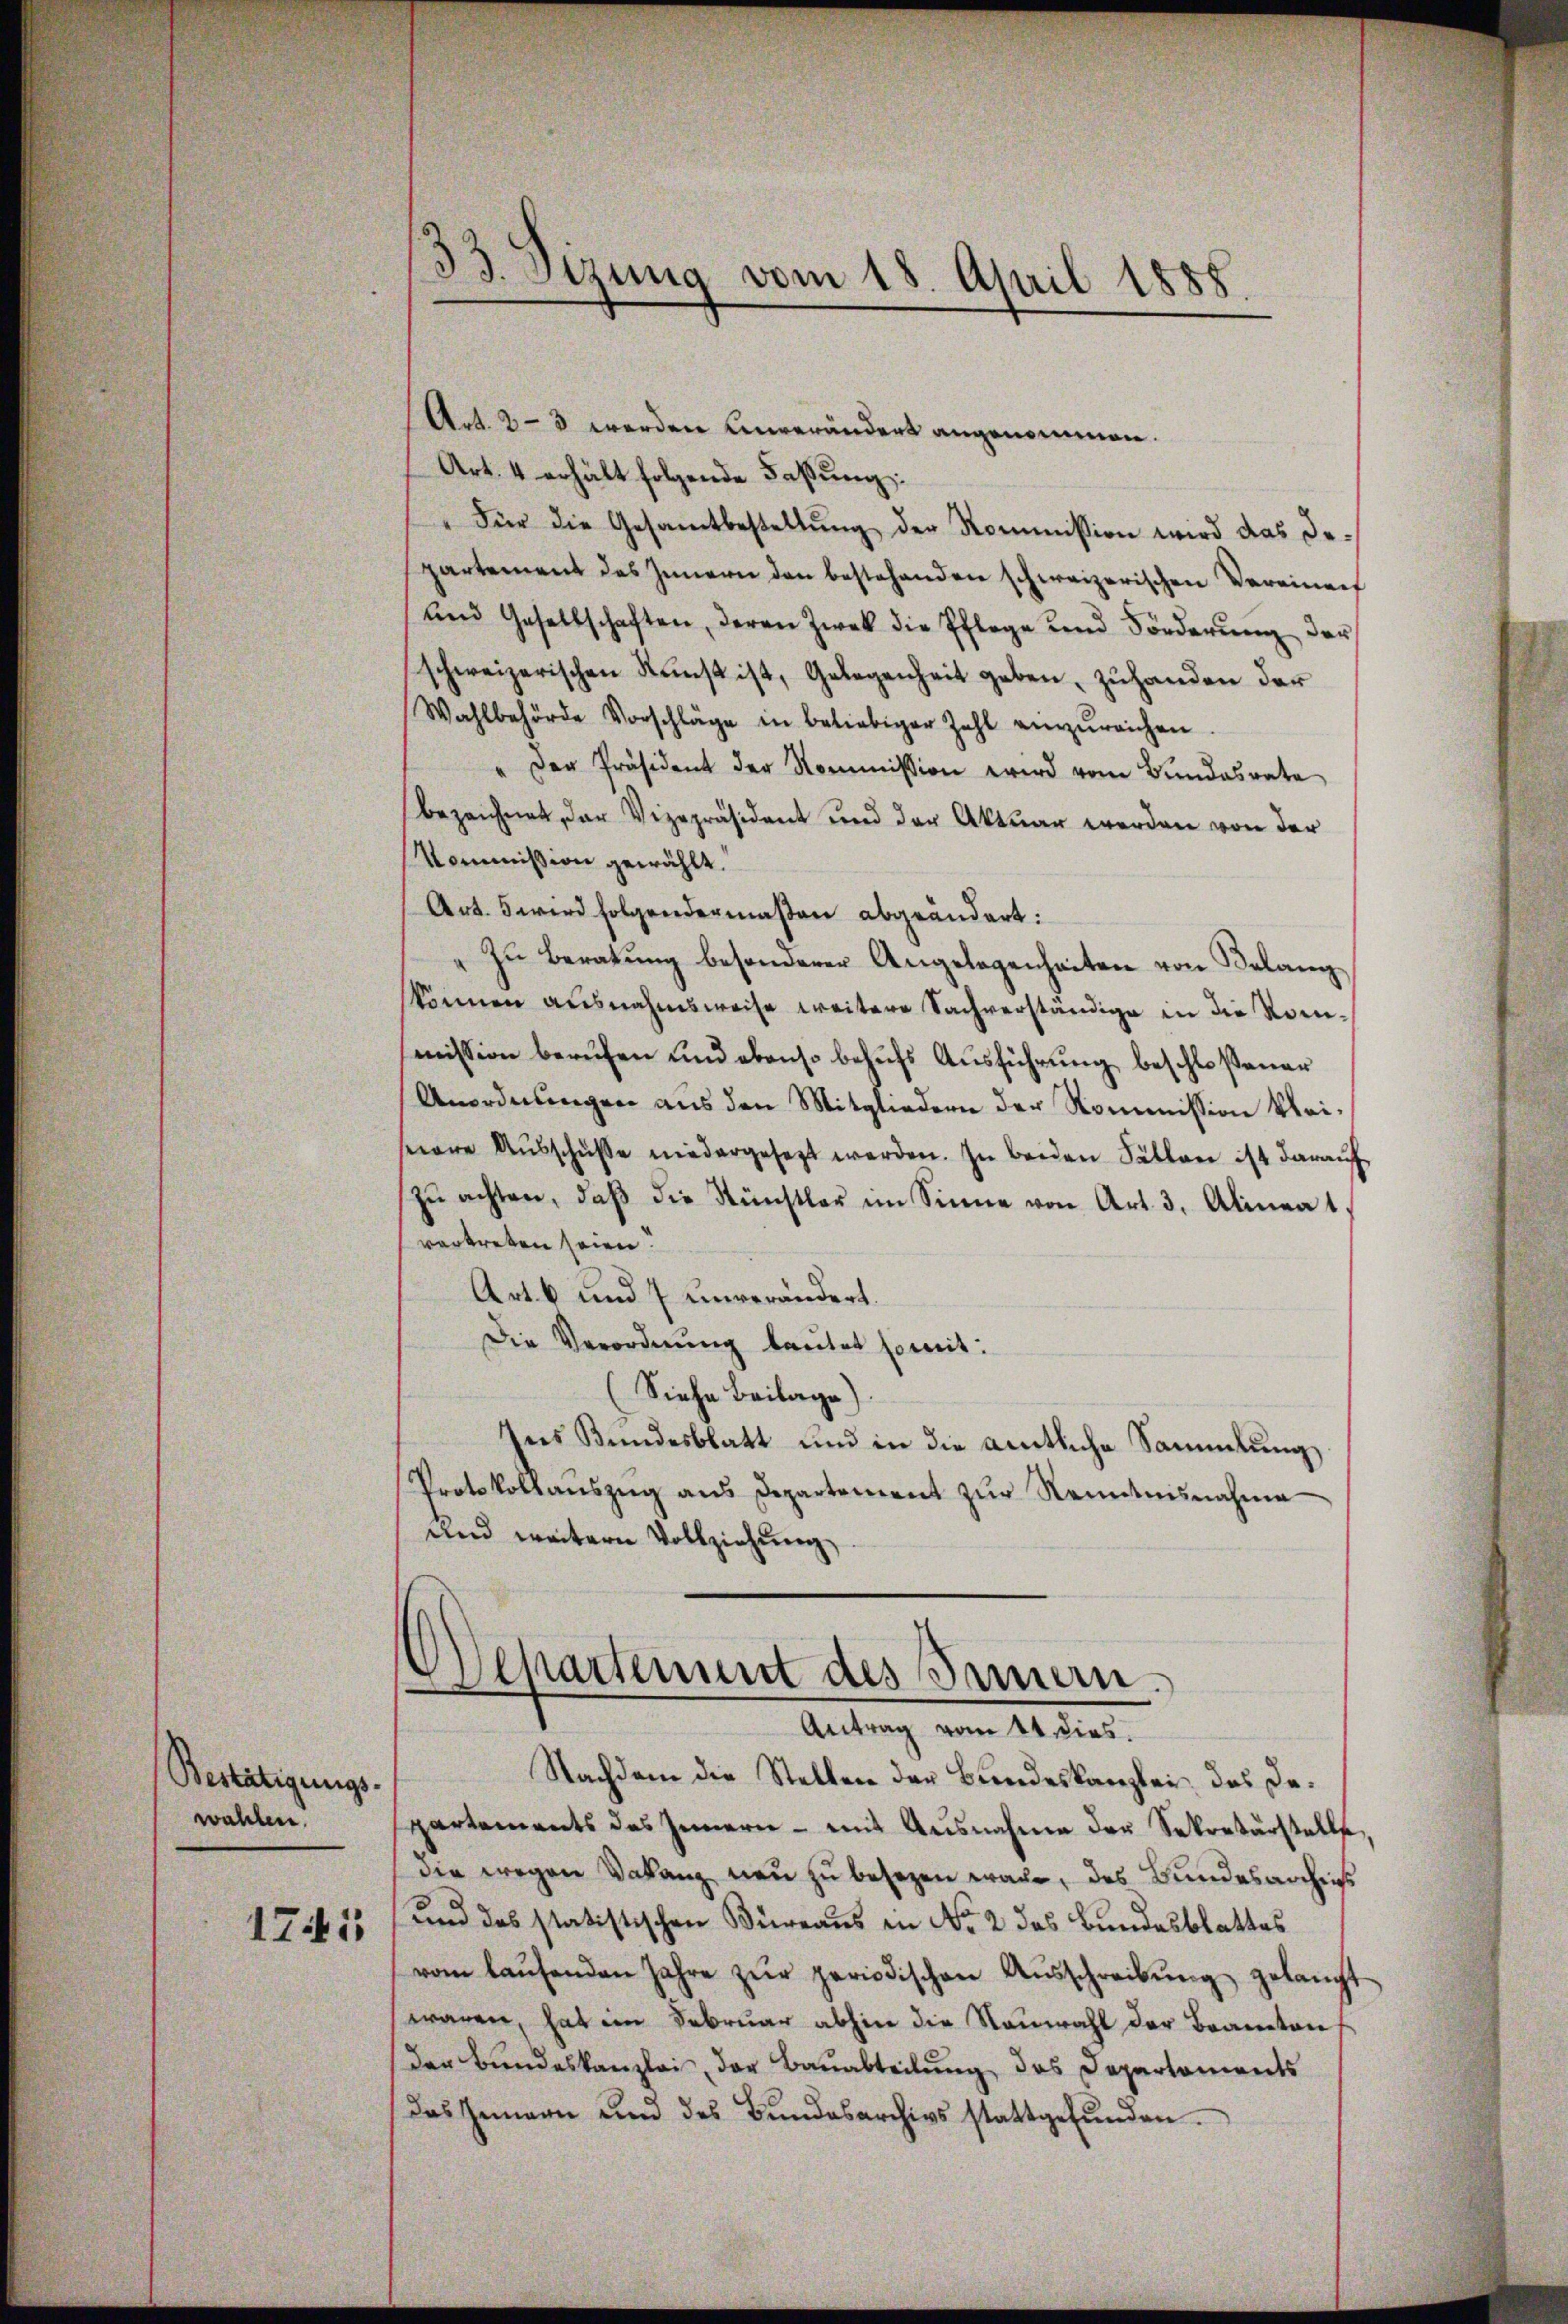
Bestätigungs-
wahlen.

1741

33. Sizung
vom 18. April 1888.

Art. 2-3 werden unverändert angenommen.
Art. 4 erhält folgende Faßung:
"Für die Gesamtbestellŭng der Kommission wird das De-
partement des Innern den bestehenden schweizerischen Vereiner
und Gesellschaften, deren Zwek die Pflege und Förderŭng der
schweizerischen Kunst ist, Gelegenheit geben, zŭhanden der
Wahlbehörde Vorschläge in beliebiger Zahl einzureichen
" Der Präsident der Kommission wird vom Bundesrate
bezeichnet, der Vizepräsident und der Aktuar werden von der
Kommission gewählt.
Art. 5 wird folgendermaßen abgeändert:
Zu Beratung besonderer Angelegenheiten von Belang
können ausnahmsweise weitere Sachverständige in die Kommission berufen und ebenso behŭfs Aŭsführŭng beschloßener
Anordnungen aus den Mitgliedern der Kommission kleiseeare Aŭsschüsse niedergesetzt werden. In beiden Fällen ist daraŭf
zŭ achten, daβ die Künstler im Sinne von Art. 3. Alineat
vertreten seien.
Art. 6 und 7 unverändert.
Die Verordnung lautet somit:
Siehe Beilage)
Ins Bundesblatt und in die amtliche Sammlung
Protokollauszug aus Departement zur Kenntnisnahme
und weitern Vollziehung

¬
Separtement des Innern.
Antrag vom 14. dies
Nachdem die Stellen der Bundeskanzlei, das De¬

partements des Innern - mit Ausnahme der Sekretärstelle,
die wegen Vakanz neu zu besezen wäre, das Bundesarchias
und das statistischen Büreaus in No 2 des Bundesblattes
vom laŭfenden Jahre zŭr periodischen Aŭsschreibŭng gelangt
waren, hat im Februar abhin die Neuwahl der Beamten
der Bundeskanzlei, der Bauabteilung, das Departements
das Gemein und des Bŭndesarchivs stattgefŭnden.